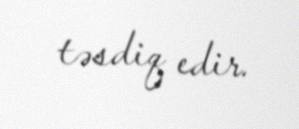
təsdiq edir.